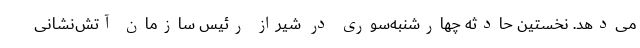
می‌دهد. نخستین حادثه چهارشنبه‌سوری در شیراز رئیس سازمان آتش‌نشانی